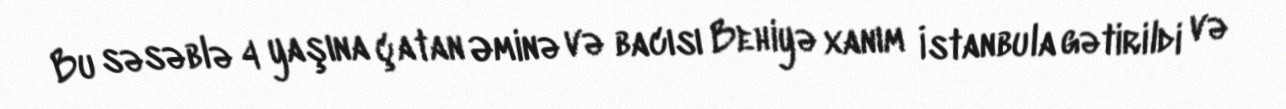
Bu səsəblə 4 yaşına çatan Əminə və bacısı Behiyə xanım İstanbula gətirildi və